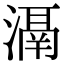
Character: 𣽐